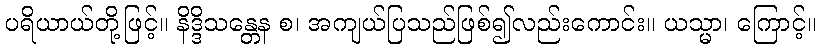
ပရိယာယ်တို့ဖြင့်။ နိဒ္ဒိသန္တေန စ၊ အကျယ်ပြသည်ဖြစ်၍လည်းကောင်း။ ယသ္မာ၊ ကြောင့်။